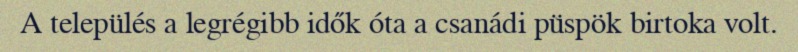
A település a legrégibb idők óta a csanádi püspök birtoka volt.